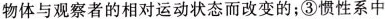
物体与观察者的相对运动状态而改变的；③惯性系中